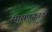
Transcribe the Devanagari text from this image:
सासणकाठी